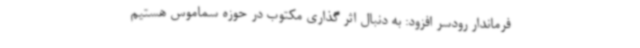
فرماندار رودسر افزود: به دنبال اثر گذاری مکتوب در حوزه سماموس هستیم